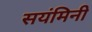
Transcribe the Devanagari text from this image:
सयंमिनी